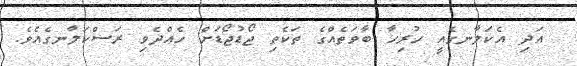
އަދި އެކަލާނގެއީ ހުރިހާ ބާވަތެއްގެ ތަކެތި ޖޯޑުޖޯޑަށް ހެއްދެވި ރަސްކަލާނގެއެވެ.